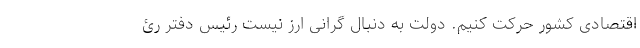
اقتصادی کشور حرکت کنیم. دولت به دنبال گرانی ارز نیست رئیس دفتر رئ